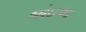
જોઇઆ